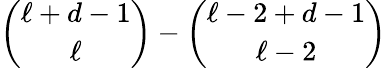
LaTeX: \binom{\ell+d-1}{\ell}-\binom{\ell-2+d-1}{\ell-2}